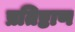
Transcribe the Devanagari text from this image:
प्रतिष्टाण